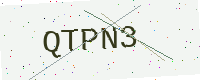
Text: QTPN3